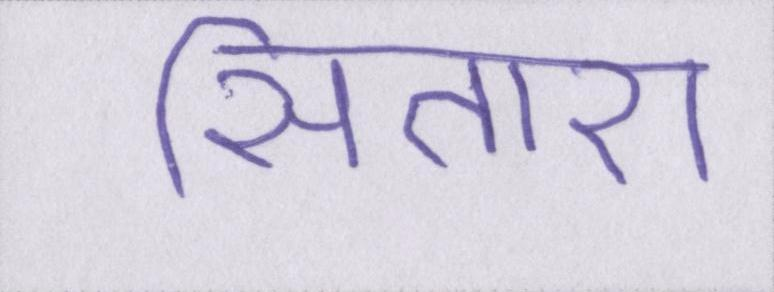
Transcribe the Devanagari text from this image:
सितारा